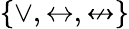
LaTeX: \{ \lor,\leftrightarrow,\nleftrightarrow\}